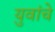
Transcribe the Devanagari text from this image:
युवांचे